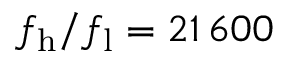
f _ { \mathrm { h } } / f _ { \mathrm { l } } = 2 1 \, 6 0 0